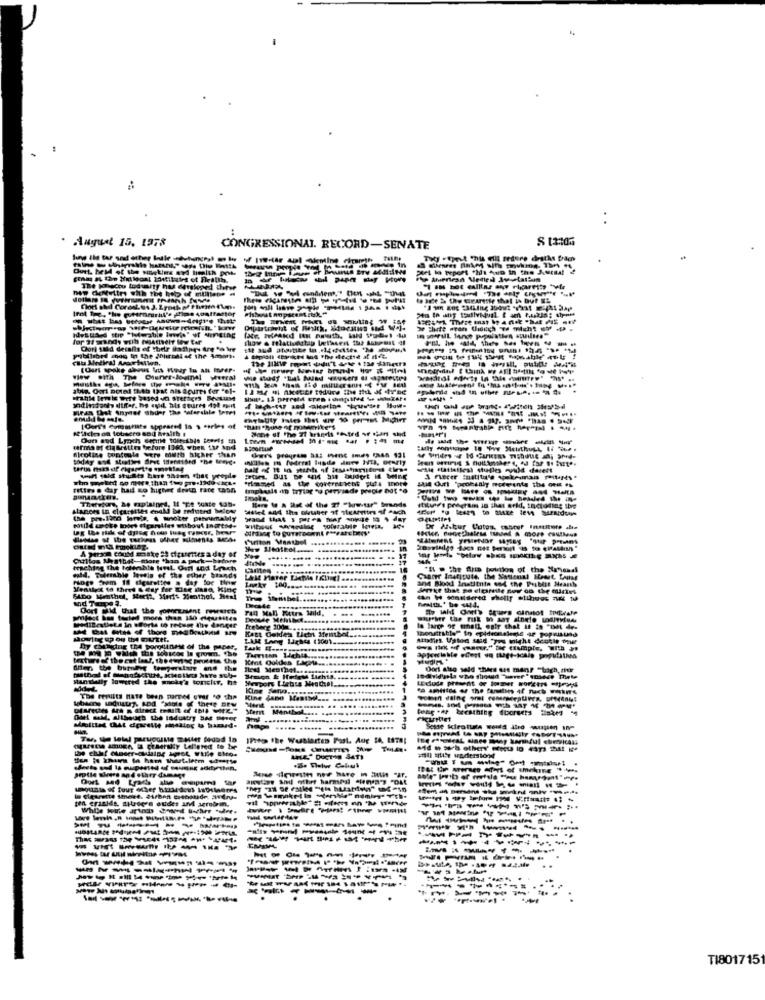
August 10. 1278
CONGRESSIONAL. RECORD-SENATE
----
Det la prport "Hi fun in the J.Mcsal
------
new cheNwitry with the help of mulltene
Dori sadd details of ther thatipes tre '% Wie
(Uart spoke shows uts wody tu an moPer-
----
Mean that Anyoof shder The tataralle Umrt
[ Oort's Comittists Appeared la 3 series of
Ours od Lyoch deprit tolteibis teoris in
farma Mf Claseities before 1360, when the and
nicoline toncoole were muth higher than
But De a su budort H MHne
rettes . day had to higher dress rare tann
tmpheals an trytag -o prysade precie hot *o
-------
Lances in eletrittes enaM De refuted balon
wand that s przes thar sokze to $ day
Dr Albur Cutos. casoer Institute .le
fulton Manthe. .....
-...
A Hexa Could make 25 diparentes a day of
Ciritos Sattel-more than & pack -- before
--- 17
ald. Tuderable lessin of the other brands
aching the totenhle Nul Ounl und trach cartes .......******
"It > the aus poltion of the Manandl
......
and Wood Institute ond the Publis Neanths
Yenilyst to theed & Gay for Ciee inse, King
denke that ge elpredie for on the mines
SADo Menthol, Kerth, Mert+ Menthol, Hesi
Oort said that the roportment rewerch
FAQ Mall Fortra Mild,
-- -
Preberg 2001 .....
KARL Geldes Letni Menthol ..
Is large or email, esty that it is "Det de-
Molte up on the market.
Attalies. Ustod said "you might denkle tour
By changing the porgliinese of the paper,
Kint Ouldes Lapts ...
Dort slag seld thies are mene "bagh, mer
LEduda present de lomer workers -prod
Kine Jano Maattilsms
. Although the Industry Bat Peror
..... .
1Fita the Wublartes Post. Aug 14, LETS!
ten i kw ( ham thart.letm udverte
sql) stile wedlerstond
artle sivers and other damage
wow dinesth noe have in itis "af.
---------
-------
----
TI801715